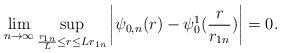
LaTeX: \begin{align*}\lim_{n\to\infty}\sup_{\frac{r_{1n}}{L}\leq r\leq Lr_{1n}}\left|\psi_{0,n}(r)-\psi^1_0(\frac{r}{r_{1n}})\right|=0.\end{align*}